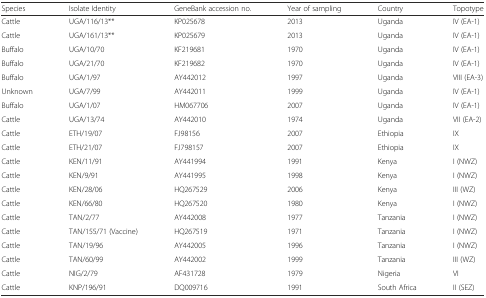
| Species | Isolate Identity | GeneBank accession no. | Year of sampling | Country | Topotype |
 | --- | --- | --- | --- | --- | --- |
 | Cattle | UGA/116/13** | KP025678 | 2013 | Uganda | IV (EA-1) |
 | Cattle | UGA/161/13** | KP025679 | 2013 | Uganda | IV (EA-1) |
 | Buffalo | UGA/10/70 | KF219681 | 1970 | Uganda | IV (EA-1) |
 | Buffalo | UGA/21/70 | KF219682 | 1970 | Uganda | IV (EA-1) |
 | Buffalo | UGA/1/97 | AY442012 | 1997 | Uganda | VIII (EA-3) |
 | Unknown | UGA/7/99 | AY442011 | 1999 | Uganda | IV (EA-1) |
 | Buffalo | UGA/1/07 | HM067706 | 2007 | Uganda | IV (EA-1) |
 | Cattle | UGA/13/74 | AY442010 | 1974 | Uganda | VII (EA-2) |
 | Cattle | ETH/19/07 | FJ98156 | 2007 | Ethiopia | IX |
 | Cattle | ETH/21/07 | FJ798157 | 2007 | Ethiopia | IX |
 | Cattle | KEN/11/91 | AY441994 | 1991 | Kenya | I (NWZ) |
 | Cattle | KEN/9/91 | AY441995 | 1998 | Kenya | I (NWZ) |
 | Cattle | KEN/28/06 | HQ267529 | 2006 | Kenya | III (WZ) |
 | Cattle | KEN/66/80 | HQ267520 | 1980 | Kenya | I (NWZ) |
 | Cattle | TAN/2/77 | AY442008 | 1977 | Tanzania | I (NWZ) |
 | Cattle | TAN/155/71 (Vaccine) | HQ267519 | 1971 | Tanzania | I (NWZ) |
 | Cattle | TAN/19/96 | AY442005 | 1996 | Tanzania | I (NWZ) |
 | Cattle | TAN/60/99 | AY442002 | 1999 | Tanzania | III (WZ) |
 | Cattle | NIG/2/79 | AF431728 | 1979 | Nigeria | VI |
 | Cattle | KNP/196/91 | DQ009716 | 1991 | South Africa | II (SEZ) |